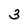
Character: 3